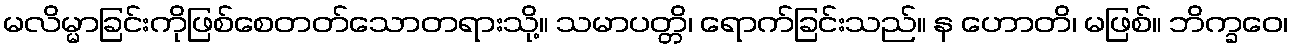
မလိမ္မာခြင်းကိုဖြစ်စေတတ်သောတရားသို့။ သမာပတ္တိ၊ ရောက်ခြင်းသည်။ န ဟောတိ၊ မဖြစ်။ ဘိက္ခဝေ၊